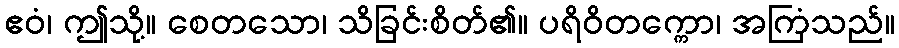
ဧဝံ၊ ဤသို့။ စေတသော၊ သိခြင်းစိတ်၏။ ပရိဝိတက္ကော၊ အကြံသည်။